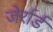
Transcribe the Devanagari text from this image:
जेर्रार्ड